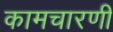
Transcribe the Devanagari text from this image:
कामचारणी